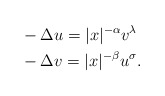
\begin{align*} &-\Delta u=|x|^{-\alpha} v^\lambda\\ &-\Delta v=|x|^{-\beta}u^\sigma.\end{align*}